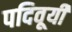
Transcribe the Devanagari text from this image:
पदिवूयी